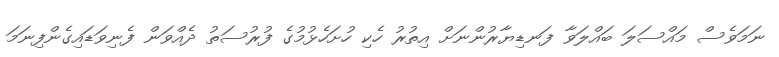
ނަމަވެސް މައްސަލަ ބައްލަވާ ފަނޑިޔާރުންނަށް އިތުރު ހެކި ހުށަހެޅުމުގެ ފުރުސަތު ދެއްވަން ފެނިވަޑައިގެންފިނަމަ